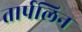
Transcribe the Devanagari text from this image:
तार्पलिन